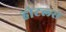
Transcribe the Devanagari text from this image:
होटल्‍स